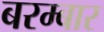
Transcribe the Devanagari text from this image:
बरम्बार